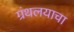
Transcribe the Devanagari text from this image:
ग्रंथलयाचा